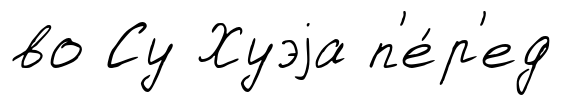
во Су Хуэjа п'е́р'ед